system: You are a helpful assistant.
user:
Analyze the provided spectrum to determine if it is a **Carbon Star (C-type)**.

- **Key Visual Indicators of Carbon Star:**
    - **(Primary):** Strong molecular absorption from **C₂ (diatomic carbon) "Swan Bands."** This is the **defining feature** of a carbon star.
        - **(Key Bandheads):** Sharp absorption edges are visible at approximately $5635$ Å, $5165$ Å (the strongest band), and $4737$ Å.
        - **(Line Profile):** Creates a distinct **"saw-tooth"** pattern. The key morphology is a sharp, steep bandhead on the **red (long-wavelength) side**, which then gradually tapers off (i.e., flux recovers) towards the **blue (short-wavelength) side**. *(This is the direct opposite of the TiO bands seen in M-type stars)*.

    - **(Secondary):** Intense **CN (cyanogen)** molecular absorption bands.
        - **(Key Bandheads):** Located in the blue and violet regions of the spectrum (e.g., near $4215$ Å and $3883$ Å).
        - **(Morphology):** These bands are extremely broad and act as a "blanket," absorbing the vast majority of blue and violet light. This creates a characteristic **"cliff"** or **"steep drop-off"** in the spectrum's flux at short wavelengths.

    - **(Key Confirmation):** Strong **CH absorption band (G-band)**.
        - **(Key Bandhead):** Located around $4300$ Å. The contribution from CH molecules to this band is exceptionally strong.

    - **(Overall Spectrum):**
        - The continuum is severely "chopped up" by these deep molecular bands, especially C₂, rather than appearing as a smooth curve.
        - Due to the heavy CN and C₂ absorption in the blue-green, the vast majority of the star's flux is concentrated in the red part of the spectrum, giving the star its characteristic deep red color.

Think first, call **spectral_visualization_tool** if needed to examine features in detail, then provide your final answer. Your response must adhere to the following strict rules:
1.  **Overall Structure:** Your response must follow the format `<think>...</think> <tool_call>...</tool_call> (if a tool is used) <answer>...</answer>`.
2.  **Tool Usage Constraint:** You may only make **one** tool call per turn.
3.  **Final Answer Format:** In the `<answer>` tag, your conclusion must be inside a `\boxed{}` command (e.g., `\boxed{YES}`), followed by your justification.

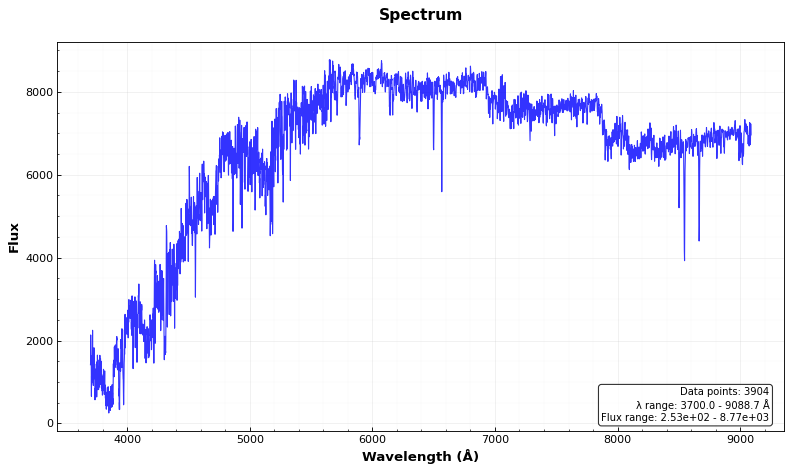
Answer: YES